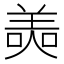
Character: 𦎙